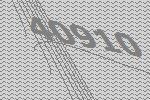
40910